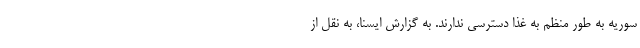
سوریه به طور منظم به غذا دسترسی ندارند. به گزارش ایسنا، به نقل از